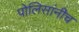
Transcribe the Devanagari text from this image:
पोलिसांनीच